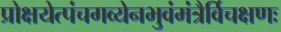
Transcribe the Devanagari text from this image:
प्रोक्षयेत्पंचगव्येनभुवंमंत्रैर्विचक्षणः